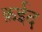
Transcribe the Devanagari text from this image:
क़ईद